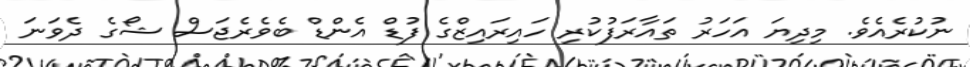
ނުކުރެއެވެ. މިދިޔަ އަހަރު ތައާރަފުކުރި ހައިރައިޒްގެ ފުޑް އެންޑް ބެވެރެޖަސް ޝޯގެ ދެވަނަ